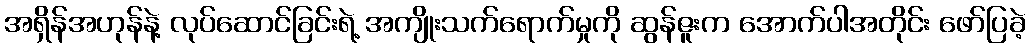
အရှိန်အဟုန်နဲ့ လုပ်ဆောင်ခြင်းရဲ့ အကျိုးသက်ရောက်မှုကို ဆွန်ဇူးက အောက်ပါအတိုင်း ဖော်ပြခဲ့